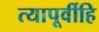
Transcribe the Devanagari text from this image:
त्यापूर्वीहि